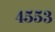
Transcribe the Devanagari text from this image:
४५५३